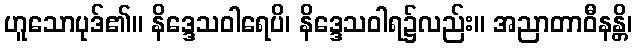
ဟူသောပုဒ်၏။ နိဒ္ဒေသဝါရေပိ၊ နိဒ္ဒေသဝါရ၌လည်း။ အညာတာဝီနန္တိ၊